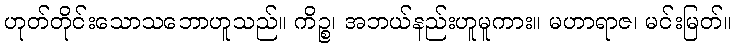
ဟုတ်တိုင်းသောသဘောဟူသည်။ ကိဉ္စ၊ အဘယ်နည်းဟူမူကား။ မဟာရာဇ၊ မင်းမြတ်။